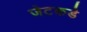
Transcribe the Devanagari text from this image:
जेटकडे